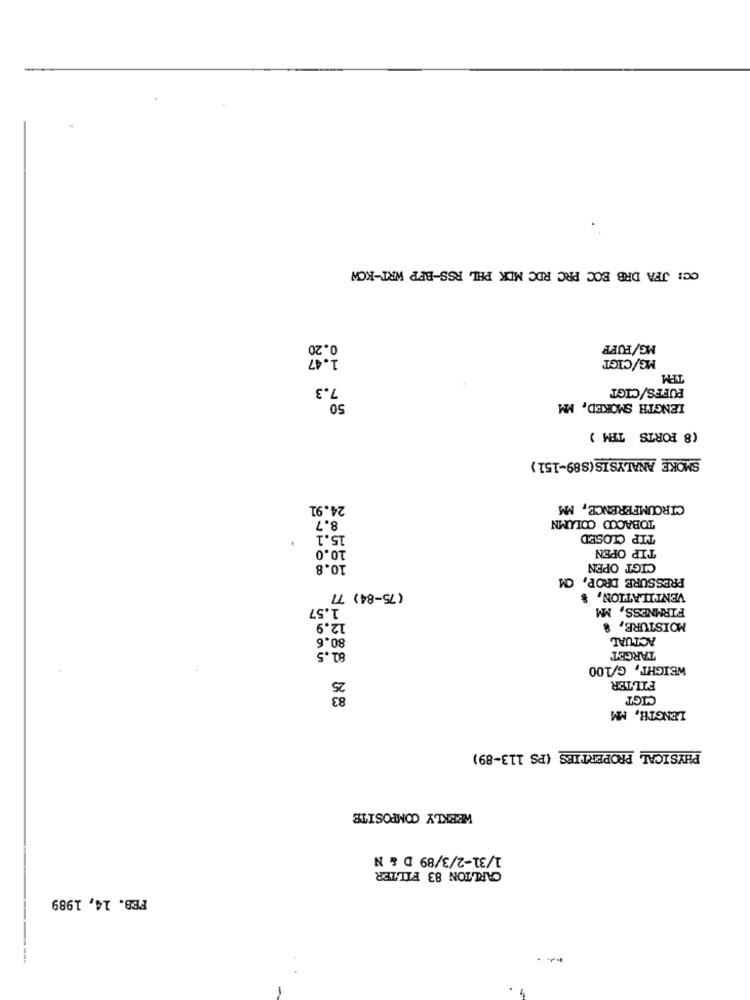
CC: JFA DRB ECC PRC RDC MIK PHL RSS-BEP WRT-KOW
0.20
MG/PUFF
1.47
MG/CIGT
TPM
7.3
PUFFS/CIGT
50
LENGTH SMOKED, MM
(8 PORTS TEM )
SMOKE ANALYSIS(S89-151)
24.91
CIRCUMFERENCE, MM
TOBACCO COLUMN
8.7
15.1
TIP CLOSED
10.0
TIP OPEN
10.8
CIGT OPEN
PRESSURE DROP, CM
VENTILATION, $
(75-84) 77
1.57
FIRMNESS, MM
12.9
MOISTURE, &
80.6
ACTUAL
81.5
TARGET
WEIGHT, G/100
FILTER
CIGT
LENGTH, MM
PHYSICAL PROPERTIES (PS 113-89)
WEEKLY COMPOSITE
1/31-2/3/89 D & N
CARLTON 83 FILTER
FEB. 14, 1989